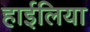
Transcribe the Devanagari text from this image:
हाईलिया